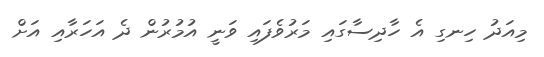
މިއަދު ހިނގި އެ ހާދިސާގައި މަރުވެފައި ވަނީ އުމުރުން ދެ އަހަރާއި އަށް